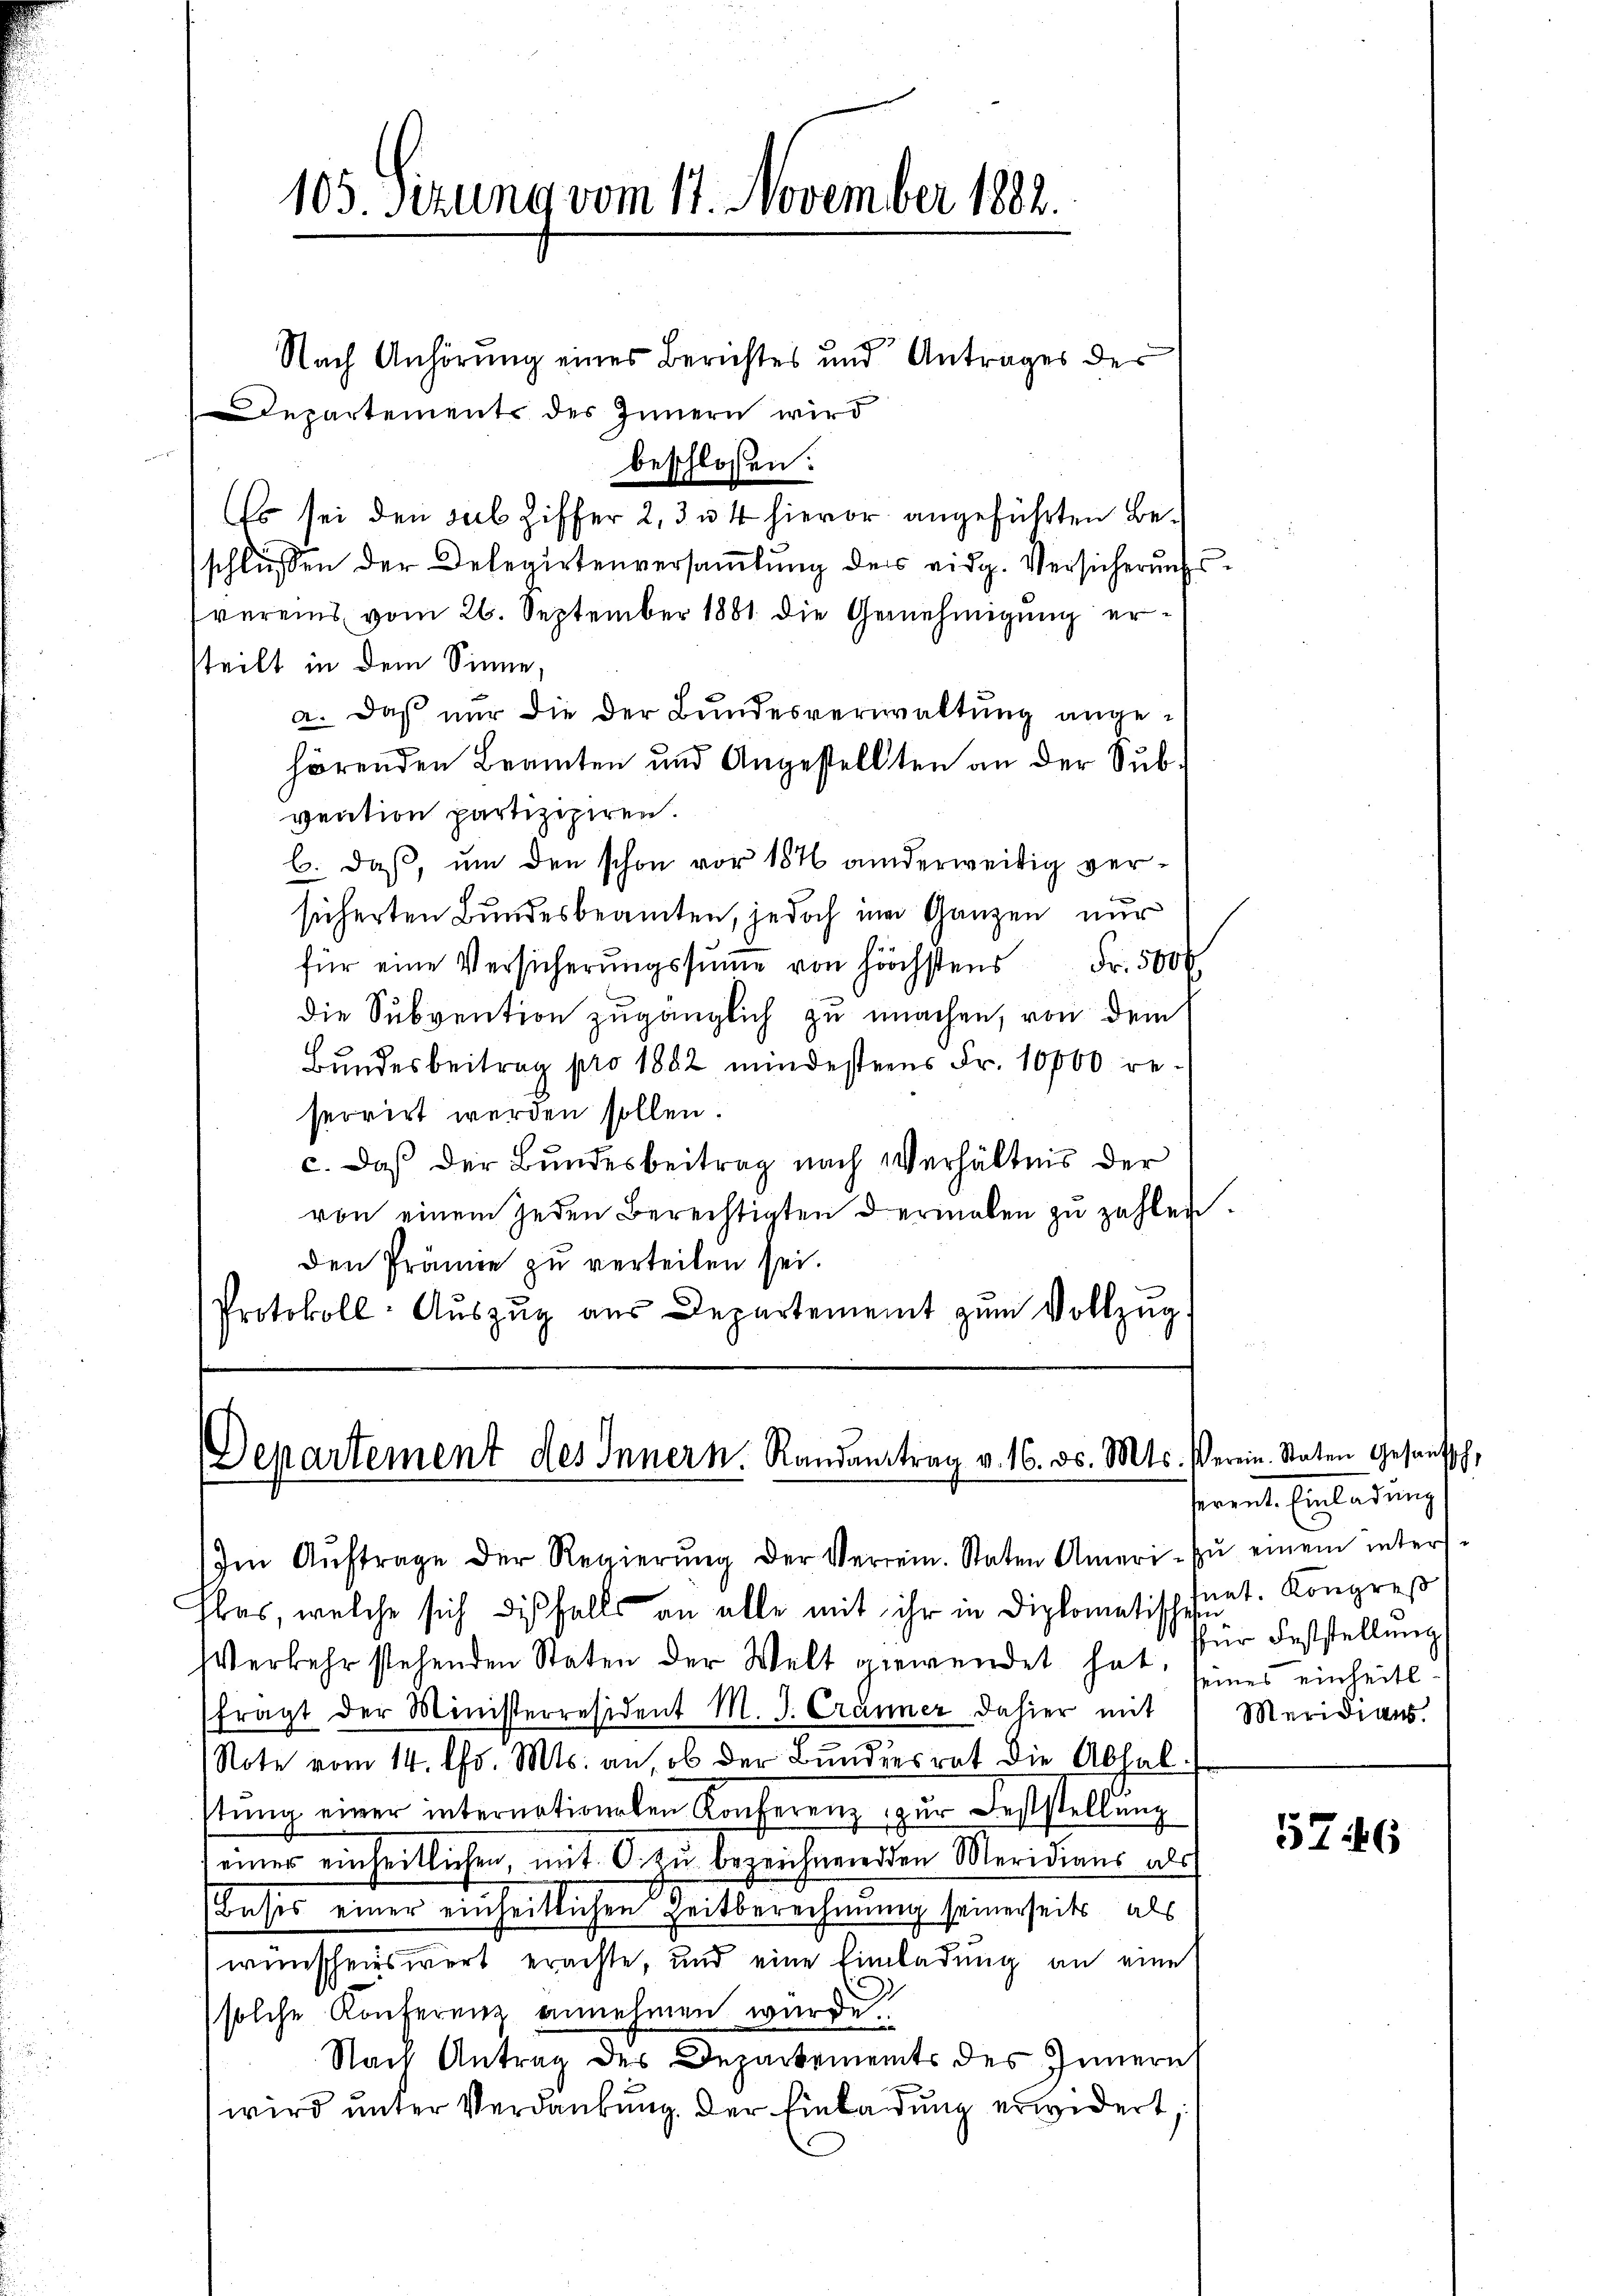
105 Sizung vom 17. November 1882.

Departement des Innern. Randantrag v. 16. ds. Mts. Verein. Staten Gesantsch,

Nach Anhörung eines Berichtes und Antrages der
Departements des Innern wird
beschlossen:
Es sei den sub Ziffer 2, 3 u. 4 hievor angeführten Beschlüssen der Delegirtenversammlung der eidg. Versicherungsvereins vom 26. September 1881 die Genehmigung ersteilt in dem Sinne,
a. Daß nur die der Bundesverwaltung angehörenden Beamten und Angestellten an der Subvention partizipiren.
b. daß, um den schon vor 1876 anderweitig versicherten Bundesbeamten, jedoch im Ganzen nur
für eine Versicherŭngssŭṁe von höchstens Fr. 500
die Subvention zugänglich zu machen, von dem
Bundesbeitrag pro 1882 mindestens Fr. 10000 re-
serrirt werden sollen.
c. daß der Bundesbeitrag nach Verhältnis der
von einem jeden Berechtigten dermalen zu zahlen.
den Prämie zu verteilen sei.
Protokoll- Aŭszŭg aŭs Departement zŭm Vollzug

Im Aŭftrage der Regierŭng der Verein. Staten Ameri- zŭ einem inters
bas, welche sich diesfalls an alle mit ihr in Diplomatischert. Kongreß
Verkehr stehenden Staten der Welt gewendet hat, seines einheitsfragt der Ministerresident M. J. Cranner dahier mit
Note vom 14. d. Mts. an, ob der Bundesrat die Abhalstŭng einer internationeten Konferenz zur Feststellung
einer einheitlichen, mit C. zu bezeichnenden Meridiens als
Basis einer einheitlichen Zeitberechnung seinerseits als
wünschenswert erachte, und eine Einladung an eine
solche Konferenz annehmen wurde
Nach Antrag des Departements des Innern
wird unter Verdankung der Einladung erwidert,

serent. Einladung
für Feststellung
Meridians.

5746